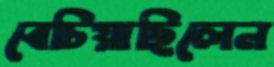
বেচিয়াছিলেন